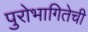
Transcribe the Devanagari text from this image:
पुरोभागितेची